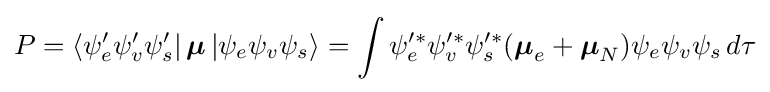
P=\left\langle \psi _{e}'\psi _{v}'\psi _{s}'\right|{\boldsymbol {\mu }}\left|\psi _{e}\psi _{v}\psi _{s}\right\rangle =\int \psi _{e}'^{*}\psi _{v}'^{*}\psi _{s}'^{*}({\boldsymbol {\mu }}_{e}+{\boldsymbol {\mu }}_{N})\psi _{e}\psi _{v}\psi _{s}\,d\tau